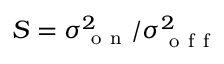
S = \sigma _ { \mathrm { ~ o ~ n ~ } } ^ { 2 } / \sigma _ { \mathrm { ~ o ~ f ~ f ~ } } ^ { 2 }